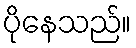
ပိုနေသည်။